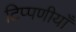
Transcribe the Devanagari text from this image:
टिप्पणीयाँ